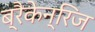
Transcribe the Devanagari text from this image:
ब्रैकेन्‌रिज